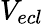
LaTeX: V_{ecl}